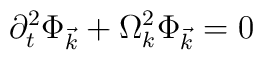
\partial _t^2\Phi _{\vec k}+\Omega _k^2\Phi _{\vec k}=0